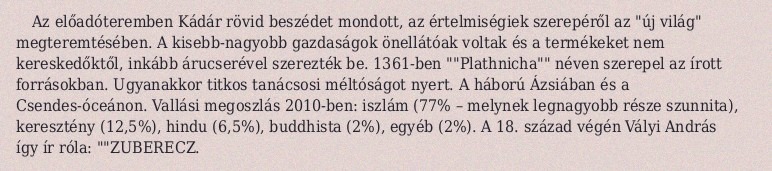
Az előadóteremben Kádár rövid beszédet mondott, az értelmiségiek szerepéről az "új világ" megteremtésében. A kisebb-nagyobb gazdaságok önellátóak voltak és a termékeket nem kereskedőktől, inkább árucserével szerezték be. 1361-ben ""Plathnicha"" néven szerepel az írott forrásokban. Ugyanakkor titkos tanácsosi méltóságot nyert. A háború Ázsiában és a Csendes-óceánon. Vallási megoszlás 2010-ben: iszlám (77% – melynek legnagyobb része szunnita), keresztény (12,5%), hindu (6,5%), buddhista (2%), egyéb (2%). A 18. század végén Vályi András így ír róla: ""ZUBERECZ.